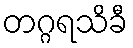
တဂ္ဂရသိခီ